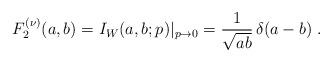
LaTeX: \begin{align*}F_2^{(\nu)}(a,b) = I_W (a,b; p) |_{p \rightarrow 0} =\frac{1}{\sqrt{ab}} \, \delta (a - b) \;.\end{align*}